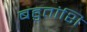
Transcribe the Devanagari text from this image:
बहुतांशि